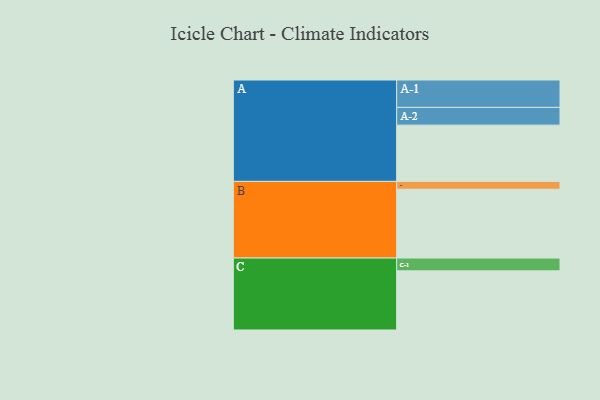
{"axis": {"x": "Segment", "y": "Value"}, "legend": ["", "A", "B", "C"], "data": [{"x": "A", "y": 409, "type": ""}, {"x": "B", "y": 500, "type": ""}, {"x": "C", "y": 430, "type": ""}, {"x": "A-1", "y": 199, "type": "A"}, {"x": "A-2", "y": 129, "type": "A"}, {"x": "B-1", "y": 57, "type": "B"}, {"x": "C-1", "y": 93, "type": "C"}]}